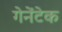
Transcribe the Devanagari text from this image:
गेनेंटेक